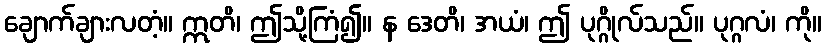
ချောက်ချားလတံ့။ ဣတိ၊ ဤသို့ကြံ၍။ န ဒေတိ၊ အယံ၊ ဤ ပုဂ္ဂိုလ်သည်။ ပုဂ္ဂလံ၊ ကို။